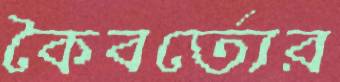
কৈবর্ত্যের